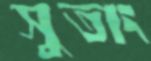
সুতাং